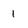
Character: 1